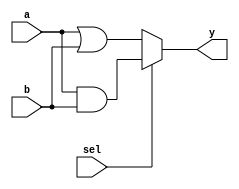
module combinational_example (
    input  wire [3:0] a,      // 4-bit input signal 'a'
    input  wire [3:0] b,      // 4-bit input signal 'b'
    input  wire       sel,     // 1-bit input signal 'sel'
    output reg  [3:0] y        // 4-bit output signal 'y'
);

// Always block for combinational logic
always @(*) begin
    // Combinational logic using continuous assignment
    if (sel) begin
        y = a & b;       // AND operation if 'sel' is high
    end else begin
        y = a | b;       // OR operation if 'sel' is low
    end
end

endmodule